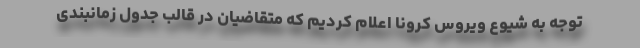
توجه به شیوع ویروس کرونا اعلام کردیم که متقاضیان در قالب جدول زمانبندی